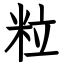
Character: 粒